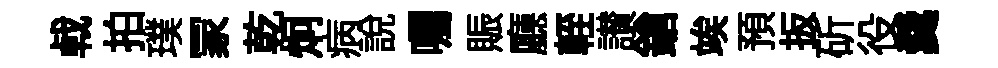
㦸拍璞冡乾炯病說囑賑廳輊讃鎗竢預扳斫役羹